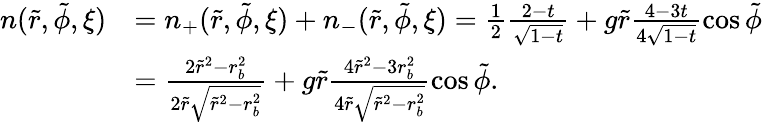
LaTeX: \begin{array}{rl}{n(\tilde{r},\tilde{\phi},\xi)}&{=n_{+}(\tilde{r},\tilde{\phi},\xi)+n_{-}(\tilde{r},\tilde{\phi},\xi)=\frac{1}{2}\frac{2-t}{\sqrt{1-t}}+g\tilde{r}\frac{4-3t}{4\sqrt{1-t}}\cos\tilde{\phi}}\\ &{=\frac{2\tilde{r}^{2}-r_{b}^{2}}{2\tilde{r}\sqrt{\tilde{r}^{2}-r_{b}^{2}}}+g\tilde{r}\frac{4\tilde{r}^{2}-3r_{b}^{2}}{4\tilde{r}\sqrt{\tilde{r}^{2}-r_{b}^{2}}}\cos\tilde{\phi}.}\end{array}